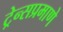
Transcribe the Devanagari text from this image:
ट्रेन्सप्रमाणे